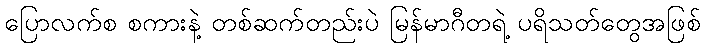
ပြောလက်စ စကားနဲ့ တစ်ဆက်တည်းပဲ မြန်မာဂီတရဲ့ ပရိသတ်တွေအဖြစ်